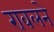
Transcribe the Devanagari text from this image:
रावलने